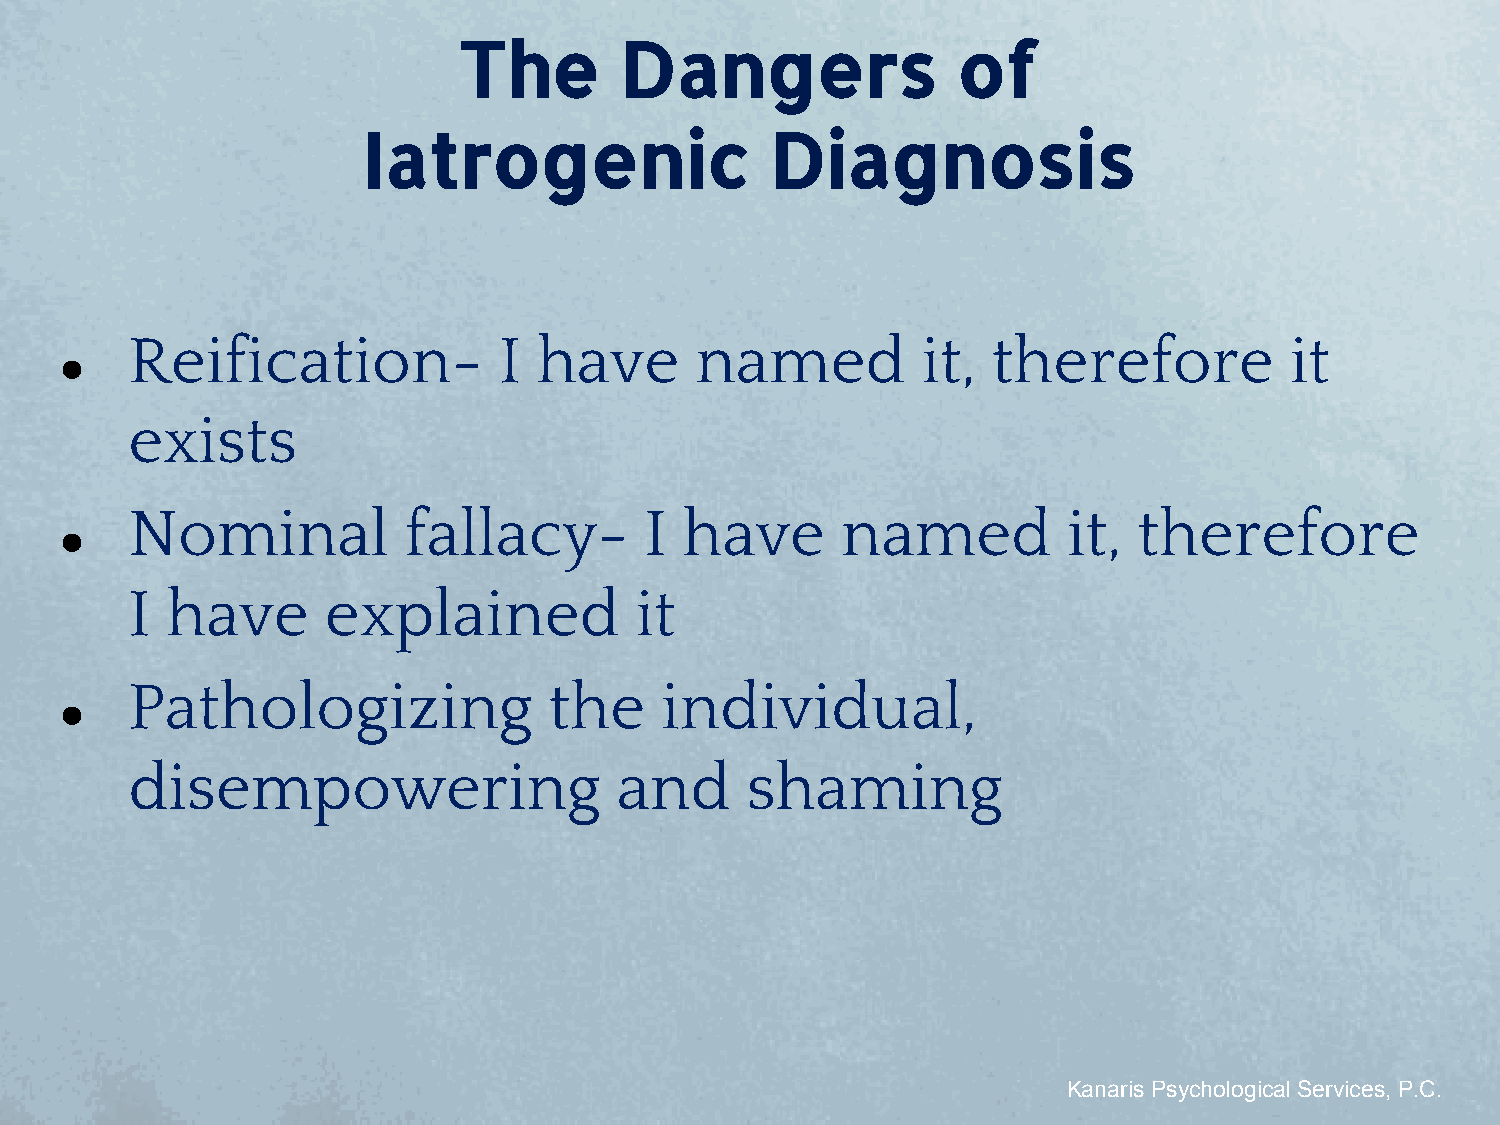
The        Dangers               of
 Iatrogenic                 Diagnosis
 Reification-             I  have      named          it,  therefore          it
 ●
 exists
 Nominal            fallacy-        I have       named          it, therefore
 ●
 I  have      explained            it
 Pathologizing               the     individual,
 ●
 disempowering                    and     shaming
 Kanaris Psychological Services, P.C.